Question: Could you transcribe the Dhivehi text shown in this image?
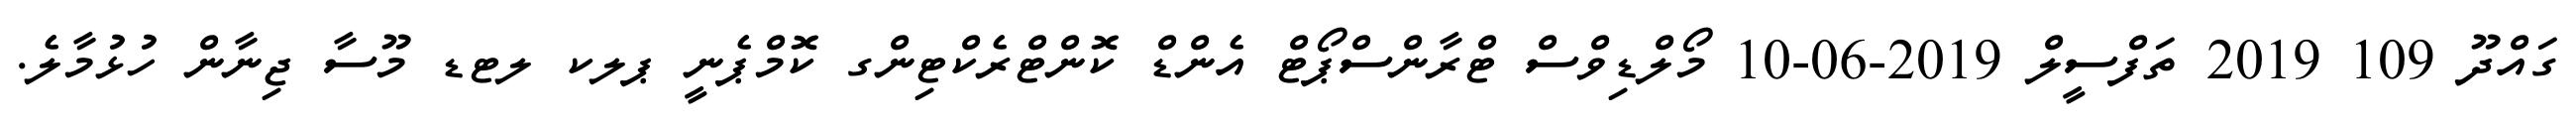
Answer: ގައްދޫ 109 2019 ތަފްސީލް 2019-06-10 މޯލްޑިވްސް ޓްރާންސްޕޯޓް އެންޑް ކޮންޓްރެކްޓިންގ ކޮމްޕެނީ ޕލކ ލޓޑ މޫސާ ޖިނާން ހުޅުމާލެ.